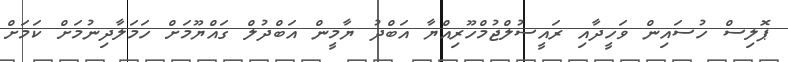
ޕޮލިސް ހުސައިން ވަހީދާއި ރައީސުލްޖުމްހޫރިއްޔާ އަބްދު ޔާމީން އަބްދުލް ގައްޔޫމަށް ހަމަލާދިނުމަށް ކަމަށް